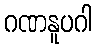
ဂဏနူပဂါ